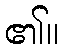
၏။